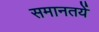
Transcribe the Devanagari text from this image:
समानतयें